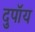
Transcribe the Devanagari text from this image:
दुपॉय